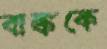
বাঙ্ককে